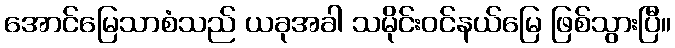
အောင်မြေသာစံသည် ယခုအခါ သမိုင်းဝင်နယ်မြေ ဖြစ်သွားပြီ။